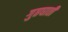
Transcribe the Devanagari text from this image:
गुप्तघाती